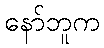
နော်ဘူက